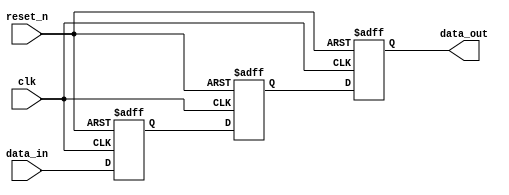
module MetaStabilityFilter (
    input wire clk,         // Clock signal
    input wire reset_n,     // Active low asynchronous reset
    input wire data_in,     // Input data signal (possibly asynchronous)
    output reg data_out     // Filtered output data signal
);

    // Internal signals for the double-flip-flop synchronizer
    reg ff1, ff2;

    // Always block to handle the double flip-flop logic with reset
    always @(posedge clk or negedge reset_n) begin
        if (!reset_n) begin
            // Reset the flip-flops to a known state
            ff1 <= 1'b0;
            ff2 <= 1'b0;
            data_out <= 1'b0;
        end else begin
            // First flip-flop samples the asynchronous input
            ff1 <= data_in;
            // Second flip-flop samples the output of the first flip-flop
            ff2 <= ff1;
            // Output the result from the second flip-flop
            data_out <= ff2;
        end
    end

endmodule